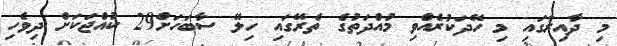
މި ދާއިރާގައި މި ހޭދަކުރެއްވި މުއްދަތުގެ ތެރޭގައި ހިލޭ ސާބަހަށް29 ކުއްޖަކަށް ދިވެހި